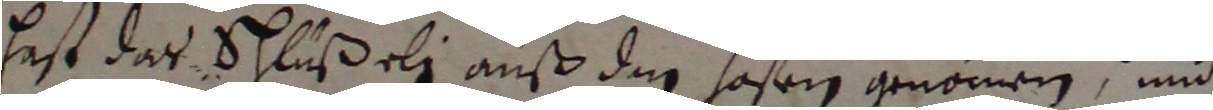
Erst das Schlüßeli auß die hosen gnommen und